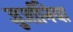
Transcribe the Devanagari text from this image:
जुर्जानिया